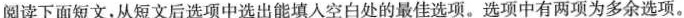
阅读下面短文,从短文后选项中选出能填人空白处的最佳选项.选项中有两项为多余选项。